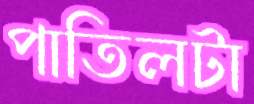
পাতিলটা